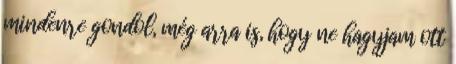
mindenre gondol, még arra is, hogy ne hagyjam ott